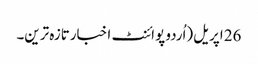
26 اپریل(اُردو پوائنٹ اخبارتازہ ترین۔